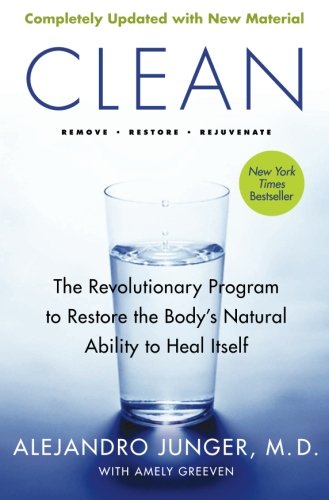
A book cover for Clean -- Expanded Edition: The Revolutionary Program to Restore the Body's Natural Ability to Heal Itself; Alejandro Junger; Health, Fitness & Dieting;